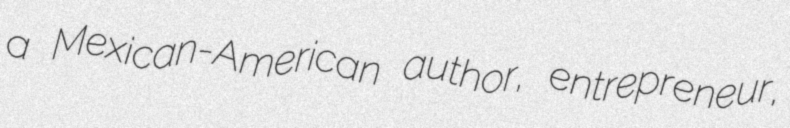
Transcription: a Mexican-American author, entrepreneur,